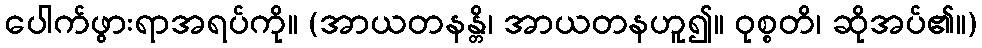
ပေါက်ဖွားရာအရပ်ကို။ (အာယတနန္တိ၊ အာယတနဟူ၍။ ဝုစ္စတိ၊ ဆိုအပ်၏။)